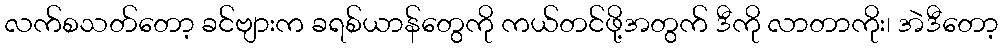
လက်စသတ်တော့ ခင်ဗျားက ခရစ်ယာန်တွေကို ကယ်တင်ဖို့အတွက် ဒီကို လာတာကိုး၊ အဲဒီတော့